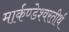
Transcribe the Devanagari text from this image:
मार्कण्डेश्वरतीर्थ